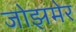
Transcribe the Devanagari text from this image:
जोझमेर